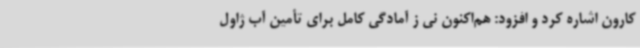
کارون اشاره کرد و افزود: هم‌اکنون نی ز آمادگی کامل برای تأمین آب ژاول